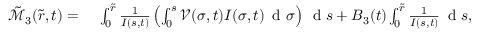
\begin{array} { r l } { \tilde { \mathcal { M } } _ { 3 } ( \tilde { r } , t ) = } & { { } \; \int _ { 0 } ^ { \tilde { r } } \frac { 1 } { I ( s , t ) } \left( \int _ { 0 } ^ { s } \mathcal { V } ( \sigma , t ) I ( \sigma , t ) \, \mathrm { ~ d ~ } \sigma \right) \, \mathrm { ~ d ~ } s + B _ { 3 } ( t ) \int _ { 0 } ^ { \tilde { r } } \frac { 1 } { I ( s , t ) } \, \mathrm { ~ d ~ } s , } \end{array}